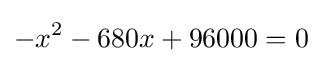
-x^{2}-680x+96000=0